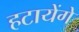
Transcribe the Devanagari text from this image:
हटायेंगे